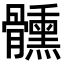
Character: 𩪱